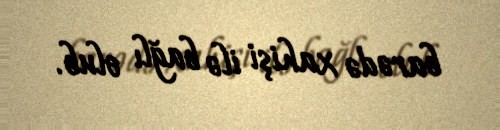
barədə xahişi ilə bağlı olub.